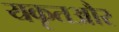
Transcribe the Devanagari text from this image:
यकृतऔर